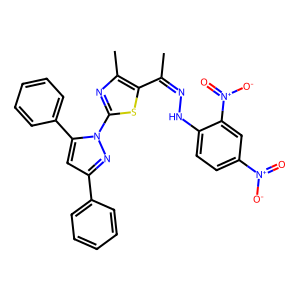
SMILES: CC(=NNc1ccc([N+](=O)[O-])cc1[N+](=O)[O-])c1sc(-n2nc(-c3ccccc3)cc2-c2ccccc2)nc1C
Inhibits HIV replication: No